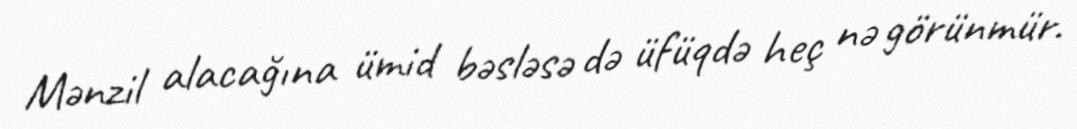
Mənzil alacağına ümid bəsləsə də üfüqdə heç nə görünmür.